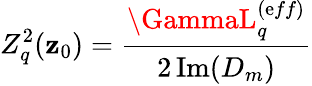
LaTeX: Z_{q}^{2}(\mathbf{z}_{0})=\cfrac{\GammaL_{q}^{(\mathrm{e}ff)}}{2\operatorname{Im}(D_{m})}